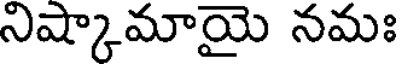
నిష్కామాయై నమః